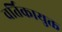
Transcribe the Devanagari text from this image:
वर्तिकायुक्त